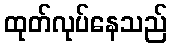
ထုတ်လုပ်နေသည်